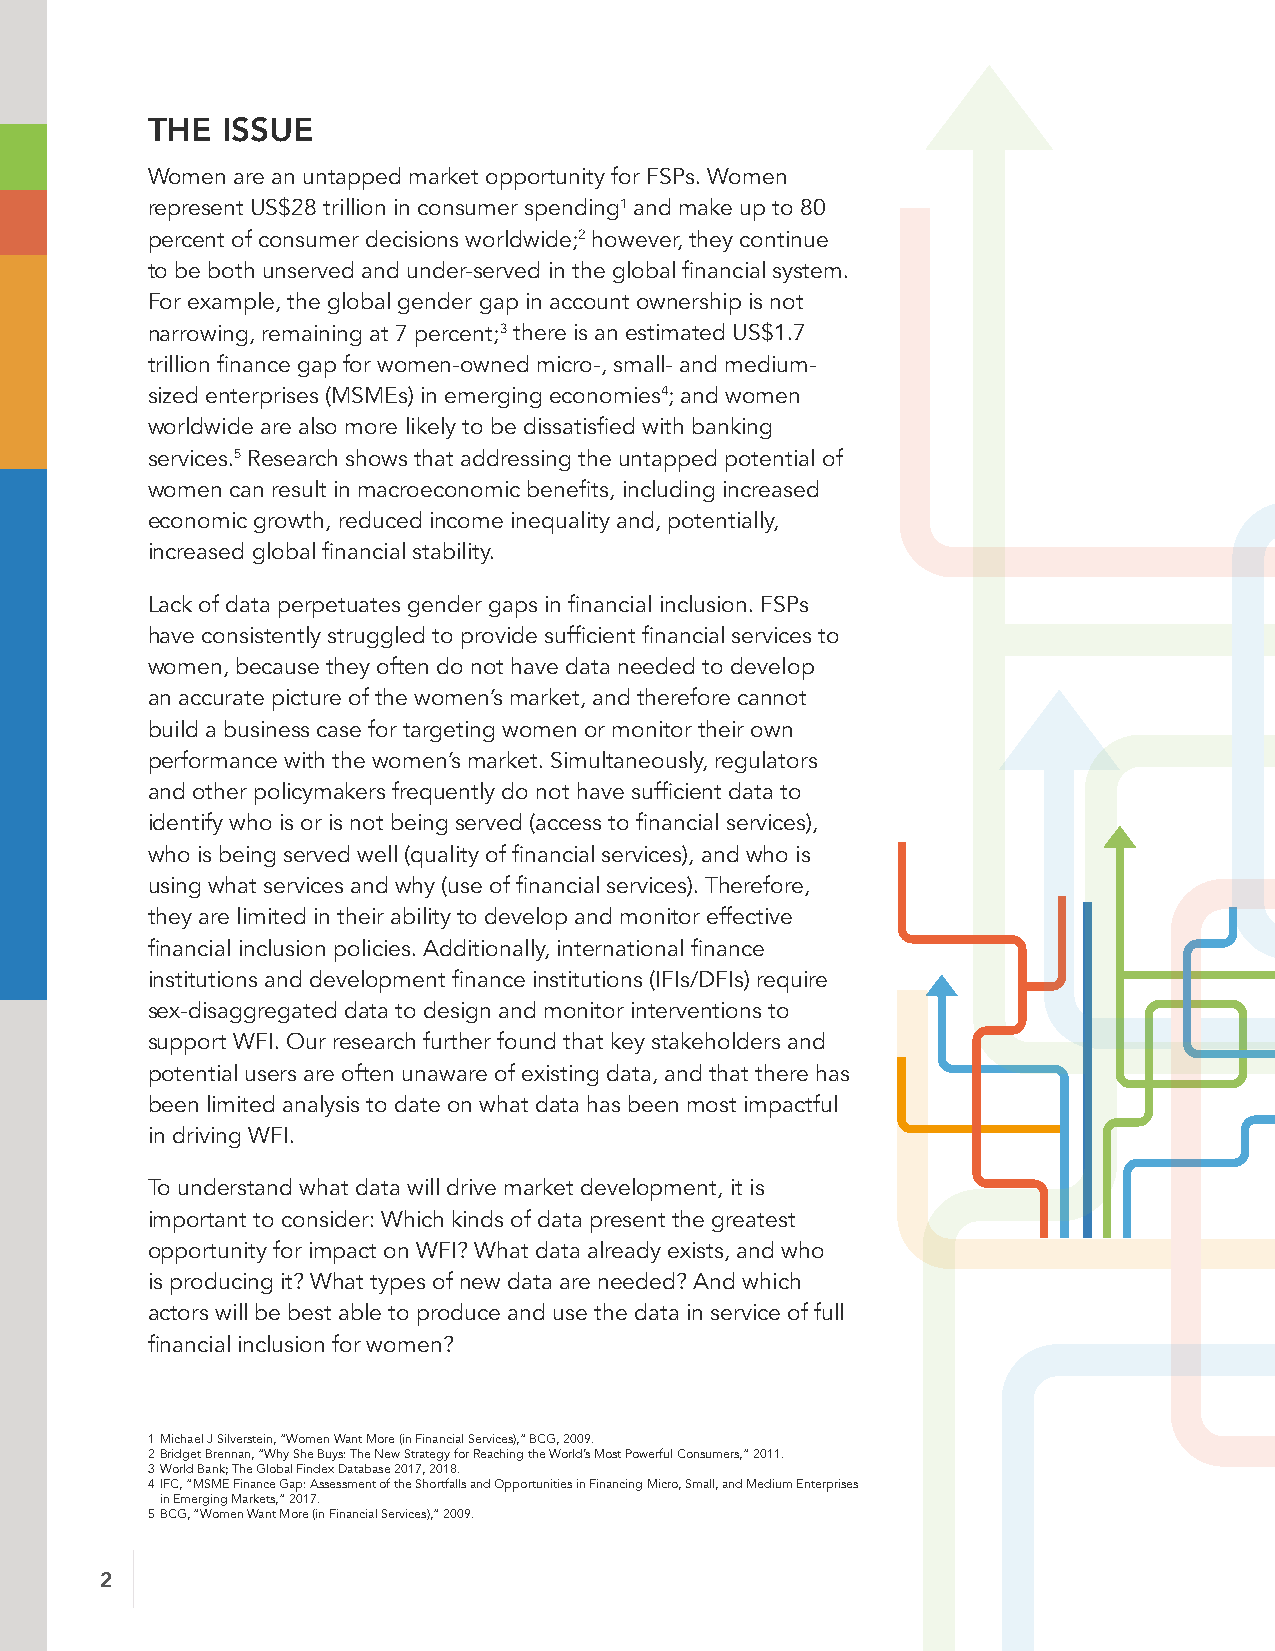
THE  ISSUE
 Women are an untapped market opportunity for FSPs. Women
 represent US$28 trillion in consumer spending1 and make up to 80
 percent of consumer decisions worldwide;2 however, they continue
 to be both unserved and under-served in the global financial system.
 For example, the global gender gap in account ownership is not
 narrowing, remaining at 7 percent;3 there is an estimated US$1.7
 trillion finance gap for women-owned micro-, small- and medium-
 sized enterprises (MSMEs) in emerging economies4; and women
 worldwide are also more likely to be dissatisfied with banking
 services.5 Research shows that addressing the untapped potential of
 women can result in macroeconomic benefits, including increased
 economic growth, reduced income inequality and, potentially,
 increased global financial stability.
 Lack of data perpetuates gender gaps in financial inclusion. FSPs
 have consistently struggled to provide sufficient financial services to
 women, because they often do not have data needed to develop
 an accurate picture of the women’s market, and therefore cannot
 build a business case for targeting women or monitor their own
 performance with the women’s market. Simultaneously, regulators
 and other policymakers frequently do not have sufficient data to
 identify who is or is not being served (access to financial services),
 who is being served well (quality of financial services), and who is
 using what services and why (use of financial services). Therefore,
 they are limited in their ability to develop and monitor effective
 financial inclusion policies. Additionally, international finance
 institutions and development finance institutions (IFIs/DFIs) require
 sex-disaggregated data to design and monitor interventions to
 support WFI. Our research further found that key stakeholders and
 potential users are often unaware of existing data, and that there has
 been limited analysis to date on what data has been most impactful
 in driving WFI.
 To understand what data will drive market development, it is
 important to consider: Which kinds of data present the greatest
 opportunity for impact on WFI? What data already exists, and who
 is producing it? What types of new data are needed? And which
 actors will be best able to produce and use the data in service of full
 financial inclusion for women?
 1 Michael J Silverstein, “Women Want More (in Financial Services),” BCG, 2009.
 2 Bridget Brennan, “Why She Buys: The New Strategy for Reaching the World’s Most Powerful Consumers,” 2011.
 3 World Bank; The Global Findex Database 2017, 2018.
 4 IFC, “MSME Finance Gap: Assessment of the Shortfalls and Opportunities in Financing Micro, Small, and Medium Enterprises
 in Emerging Markets,” 2017.
 5 BCG, “Women Want More (in Financial Services),” 2009.
 2